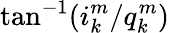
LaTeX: \tan^{-1}(i_{k}^{m}/q_{k}^{m})